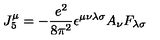
J _ { 5 } ^ { \mu } = - \frac { e ^ { 2 } } { 8 \pi ^ { 2 } } \epsilon ^ { \mu \nu \lambda \sigma } A _ { \nu } F _ { \lambda \sigma }